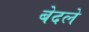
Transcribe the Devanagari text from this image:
बेदले